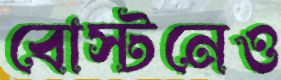
বোস্টনেও